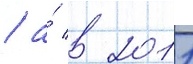
/ а́ в 2011